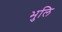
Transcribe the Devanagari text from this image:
भुलि